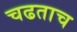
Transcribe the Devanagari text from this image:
चढताच